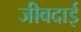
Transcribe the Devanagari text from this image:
जीवदाई